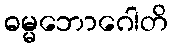
ဓမ္မဘောဂေါတိ